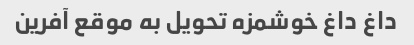
داغ داغ خوشمزه تحویل به موقع آفرین